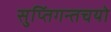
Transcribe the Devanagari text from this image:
सुप्तिंगन्तचयो